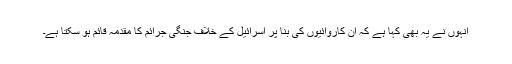
انہوں نے یہ بھی کہا ہے کہ ان کاروائیوں کی بنا پر اسرائیل کے خلاف جنگی جرائم کا مقدمہ قائم ہو سکتا ہے۔